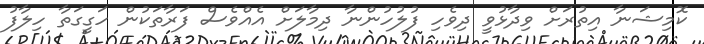
ކޮމިޝަނާ އިތުރަށް ވިދާޅުވީ ދިވެހި ފުލުހުންނާ ދިމާލަށް އެއްވެސް ފަރާތަކުން ހަގީގަތާ ހިލާފު